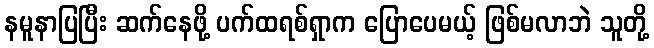
နမူနာပြပြီး ဆက်နေဖို့ ပက်ထရစ်ရှာက ပြောပေမယ့် ဖြစ်မလာဘဲ သူတို့